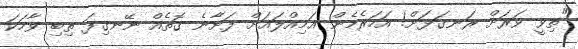
"ތިވީ ވަރަށް ރަނގަޅަށް! އަހަރެމެން އަމިއްލައަށް ފަށާނެ ގޮތެއް ނޭނގިފަ ތިބި ވާހަކަ